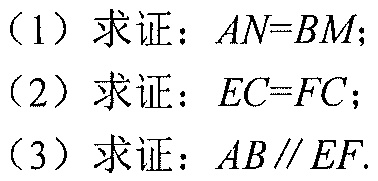
（1）求证：$AN = BM$；
（2）求证：$EC = FC$；
（3）求证：$AB\parallel EF$.